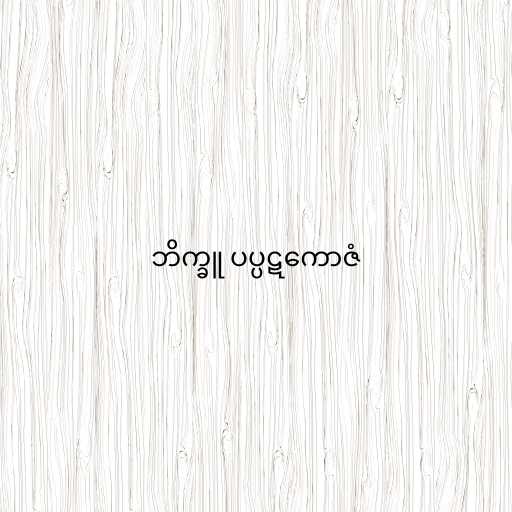
ဘိက္ခူ ပပ္ပဋကောဇံ